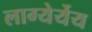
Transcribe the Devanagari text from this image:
लाग्येर्येय